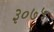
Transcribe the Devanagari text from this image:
३०७५